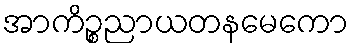
အာကိဉ္စညာယတနမေကော